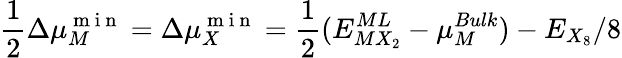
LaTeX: \frac{1}{2}\Delta\mu_{M}^{\mathrm{~m~i~n~}}=\Delta\mu_{X}^{\mathrm{~m~i~n~}}=\frac{1}{2}(E_{MX_{2}}^{ML}-\mu_{M}^{Bulk})-E_{X_{8}}/8